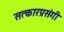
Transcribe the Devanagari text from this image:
सत्कारप्रसंगी